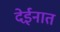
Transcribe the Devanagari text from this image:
देईनात